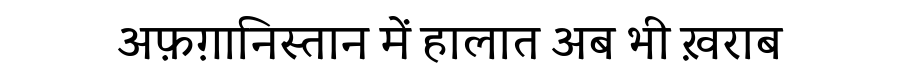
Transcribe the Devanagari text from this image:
अफ़ग़ानिस्तान में हालात अब भी ख़राब